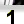
Digit: 1